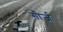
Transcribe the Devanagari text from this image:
गौर्ज